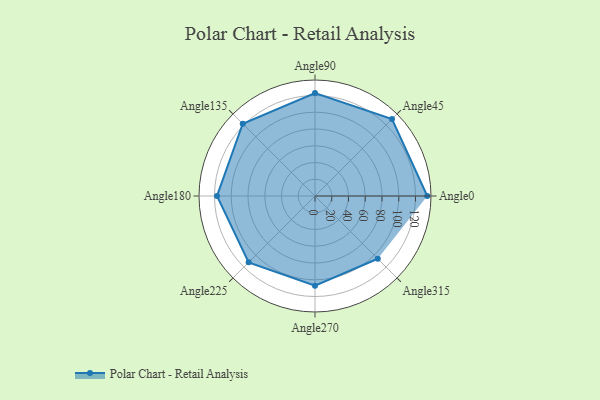
{"axis": {"x": "Angle", "y": "Radius"}, "legend": [""], "data": [{"x": "Angle0", "y": 134.0, "type": ""}, {"x": "Angle45", "y": 130.0, "type": ""}, {"x": "Angle90", "y": 123.0, "type": ""}, {"x": "Angle135", "y": 122.0, "type": ""}, {"x": "Angle180", "y": 117.0, "type": ""}, {"x": "Angle225", "y": 112.0, "type": ""}, {"x": "Angle270", "y": 107.0, "type": ""}, {"x": "Angle315", "y": 106.0, "type": ""}]}